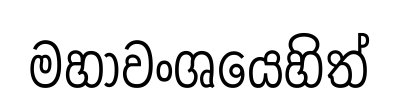
මහාවංශයෙහිත්